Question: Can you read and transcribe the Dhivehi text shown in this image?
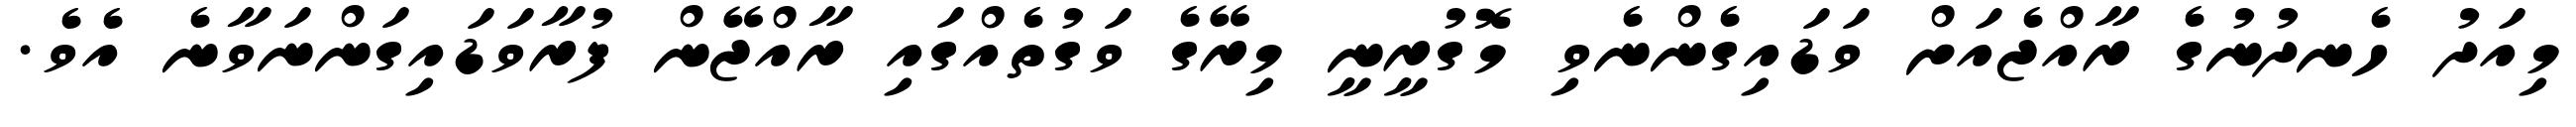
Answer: މިއަދު ހެނދުނުގެ ރާއްޖެއަށް ވަޑައިގެންނެވި މޮގުރީނީ މިރޭގެ ވަގުތެއްގައި ރާއްޖޭން ފުރާވަޑައިގަންނަވާނެ އެވެ.